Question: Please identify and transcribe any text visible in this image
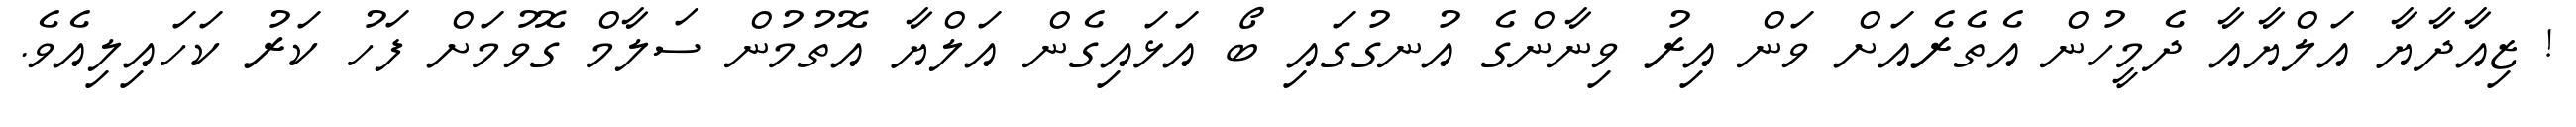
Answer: ! ޒިއާދާޔާ އަލްޔާއާ ދެމީހުން އެތެރެއަށް ވަން އިރު ވިނާންގެ އުނގުގައި ބޯ އަޅައިގެން އަލްޔާ އޮތުމުން ސަލާމް ގޮވުމަށް ފަހު ކަރު ކަހައިލިއެވެ.